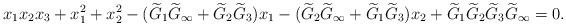
LaTeX: \begin{align*}x_1x_2x_3 + x_1^2+x_2^2-(\widetilde G_1 \widetilde G_\infty+\widetilde G_2 \widetilde G_3) x_1 -(\widetilde G_2 \widetilde G_\infty+\widetilde G_1 \widetilde G_3) x_2+\widetilde G_1\widetilde G_2\widetilde G_3\widetilde G_\infty=0.\end{align*}